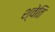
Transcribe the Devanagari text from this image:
श्वेति